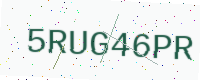
Text: 5RUG46PR